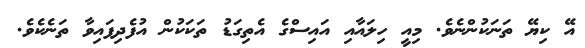
އޭ ކިޔޭ ތަނަކުންނެވެ. މިއީ ހިލައާއި އައިސްގެ އެތިގަޑު ތަކަކުން އުފެދިފައިވާ ތަނެކެވެ.